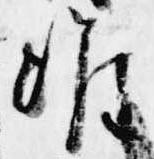
准